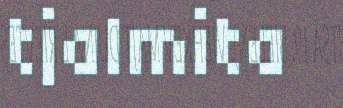
tjalmita